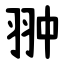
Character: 翀